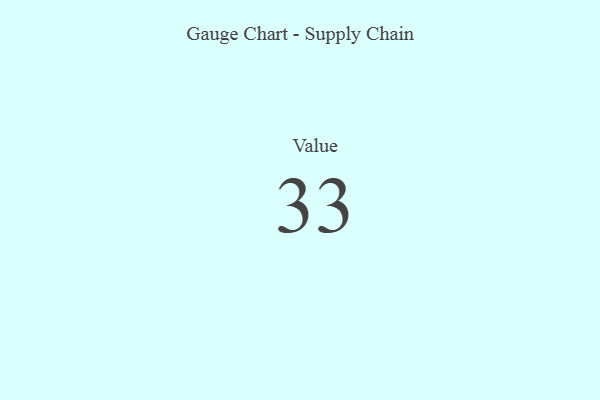
{"axis": {"x": "Metric", "y": "Value"}, "legend": [""], "data": [{"x": "Value", "y": 33, "type": ""}]}